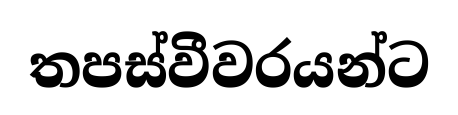
තපස්වීවරයන්ට